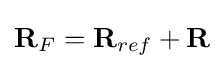
\mathbf {R} _{F}=\mathbf {R} _{ref}+\mathbf {R}